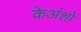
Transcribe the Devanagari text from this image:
केअंशों